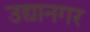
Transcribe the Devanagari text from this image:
उद्यानगर